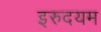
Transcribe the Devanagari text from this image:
इरुदयम